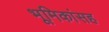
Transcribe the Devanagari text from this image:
भूमिकांसह